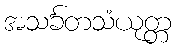
အသင်္ခတသံယုတ္တ